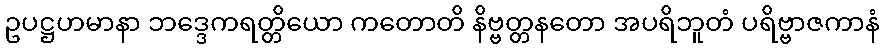
ဥပဋ္ဌဟမာနာ ဘဒ္ဒေကရတ္တိယော ကတောတိ နိဗ္ဗတ္တနတော အပရိဘူတံ ပရိဗ္ဗာဇကာနံ